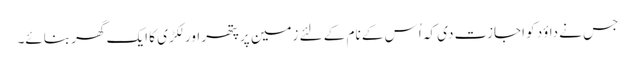
جس نے داؤد کو اجازت دی کہ اُس کے نام کے لئے زمین پر پتھر اور لکڑی کا ایک گھر بنائے۔